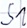
Text: S1